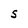
Character: S